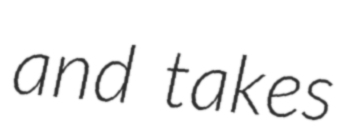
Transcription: and takes